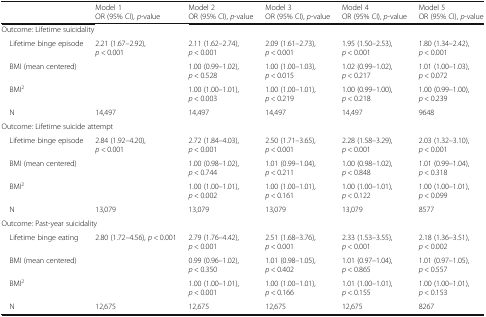
<table><thead><tr><td>[EMPTY_CELL]</td><td><b>Model 1OR (95% CI), <i>p</i>-value</b></td><td><b>Model 2OR (95% CI), <i>p</i>-value</b></td><td><b>Model 3OR (95% CI), <i>p</i>-value</b></td><td><b>Model 4OR (95% CI), <i>p</i>-value</b></td><td><b>Model 5OR (95% CI), <i>p</i>-value</b></td></tr></thead><tbody><tr><td colspan="6">Outcome: Lifetime suicidality</td></tr><tr><td> Lifetime binge episode</td><td>2.21 (1.67–2.92), <i>p</i> &lt; 0.001</td><td>2.11 (1.62–2.74), <i>p</i> &lt; 0.001</td><td>2.09 (1.61–2.73), <i>p</i> &lt; 0.001</td><td>1.95 (1.50–2.53),<i>p</i> &lt; 0.001</td><td>1.80 (1.34–2.42),<i>p</i> &lt; 0.001</td></tr><tr><td> BMI (mean centered)</td><td>[EMPTY_CELL]</td><td>1.00 (0.99–1.02), <i>p</i> &lt; 0.528</td><td>1.00 (1.00–1.03), <i>p</i> &lt; 0.015</td><td>1.02 (0.99–1.02),<i>p</i> &lt; 0.217</td><td>1.01 (1.00–1.03),<i>p</i> &lt; 0.072</td></tr><tr><td> BMI<sup>2</sup></td><td>[EMPTY_CELL]</td><td>1.00 (1.00–1.01), <i>p</i> &lt; 0.003</td><td>1.00 (1.00–1.01), <i>p</i> &lt; 0.219</td><td>1.00 (0.99–1.00),<i>p</i> &lt; 0.218</td><td>1.00 (0.99–1.00),<i>p</i> &lt; 0.239</td></tr><tr><td> N</td><td>14,497</td><td>14,497</td><td>14,497</td><td>14,497</td><td>9648</td></tr><tr><td colspan="6">Outcome: Lifetime suicide attempt</td></tr><tr><td> Lifetime binge episode</td><td>2.84 (1.92–4.20), <i>p</i> &lt; 0.001</td><td>2.72 (1.84–4.03), <i>p</i> &lt; 0.001</td><td>2.50 (1.71–3.65), <i>p</i> &lt; 0.001</td><td>2.28 (1.58–3.29),<i>p</i> &lt; 0.001</td><td>2.03 (1.32–3.10),<i>p</i> &lt; 0.001</td></tr><tr><td> BMI (mean centered)</td><td>[EMPTY_CELL]</td><td>1.00 (0.98–1.02), <i>p</i> &lt; 0.744</td><td>1.01 (0.99–1.04), <i>p</i> &lt; 0.211</td><td>1.00 (0.98–1.02),<i>p</i> &lt; 0.848</td><td>1.01 (0.99–1.04),<i>p</i> &lt; 0.318</td></tr><tr><td> BMI<sup>2</sup></td><td>[EMPTY_CELL]</td><td>1.00 (1.00–1.01), <i>p</i> &lt; 0.002</td><td>1.00 (1.00–1.01), <i>p</i> &lt; 0.161</td><td>1.00 (1.00–1.01),<i>p</i> &lt; 0.122</td><td>1.00 (1.00–1.01),<i>p</i> &lt; 0.099</td></tr><tr><td> N</td><td>13,079</td><td>13,079</td><td>13,079</td><td>13,079</td><td>8577</td></tr><tr><td colspan="6">Outcome: Past-year suicidality</td></tr><tr><td> Lifetime binge eating</td><td>2.80 (1.72–4.56), <i>p</i> &lt; 0.001</td><td>2.79 (1.76–4.42), <i>p</i> &lt; 0.001</td><td>2.51 (1.68–3.76), <i>p</i> &lt; 0.001</td><td>2.33 (1.53–3.55),<i>p</i> &lt; 0.001</td><td>2.18 (1.36–3.51),<i>p</i> &lt; 0.002</td></tr><tr><td> BMI (mean centered)</td><td>[EMPTY_CELL]</td><td>0.99 (0.96–1.02), <i>p</i> &lt; 0.350</td><td>1.01 (0.98–1.05), <i>p</i> &lt; 0.402</td><td>1.01 (0.97–1.04),<i>p</i> &lt; 0.865</td><td>1.01 (0.97–1.05),<i>p</i> &lt; 0.557</td></tr><tr><td> BMI<sup>2</sup></td><td>[EMPTY_CELL]</td><td>1.00 (1.00–1.01), <i>p</i> &lt; 0.001</td><td>1.00 (1.00–1.01), <i>p</i> &lt; 0.166</td><td>1.01 (1.00–1.01),<i>p</i> &lt; 0.155</td><td>1.00 (1.00–1.01),<i>p</i> &lt; 0.153</td></tr><tr><td> N</td><td>12,675</td><td>12,675</td><td>12,675</td><td>12,675</td><td>8267</td></tr></tbody></table>